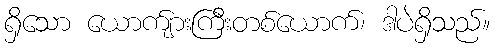
ရှိသော ယောက်ျားကြီးတစ်ယောက်၊ ဒါပဲရှိသည်။